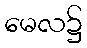
မေလ၌